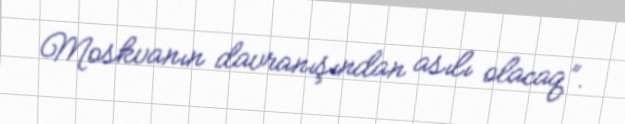
Moskvanın davranışından asılı olacaq”.